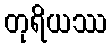
တုရိယဿ